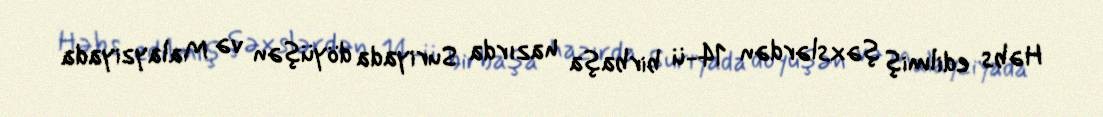
Həbs edilmiş şəxslərdən 14-ü birbaşa hazırda Suriyada döyüşən və Malayziyada